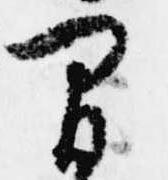
間